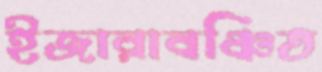
ইজারাবঞ্চিত